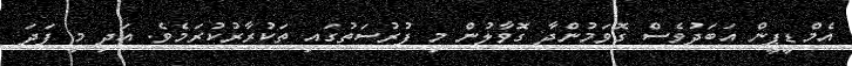
އެމްޑީޕީން އަބަދުވެސް ގޮވަމުންދާ ގޮވާލުން މި ފުރުސަތުގައި ތަކުރާރުކުރަމެވެ. އަދި މި ފަދަ